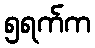
၅ရက်က